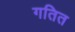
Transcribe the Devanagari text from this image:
गतित